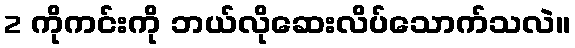
2 ကိုကင်းကို ဘယ်လိုဆေးလိပ်သောက်သလဲ။